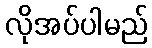
လိုအပ်ပါမည်